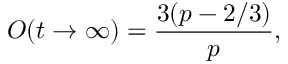
O ( t \to \infty ) = \frac { 3 ( p - 2 / 3 ) } { p } ,